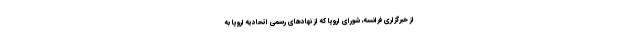
از خبرگزاری فرانسه، شورای اروپا که از نهادهای رسمی اتحادیه اروپا به